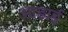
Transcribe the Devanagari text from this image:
आढाई